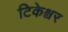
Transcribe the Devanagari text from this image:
टिकेश्वर